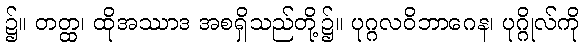
၌။ တတ္ထ၊ ထိုအဿာဒ အစရှိသည်တို့၌။ ပုဂ္ဂလဝိဘာဂေန၊ ပုဂ္ဂိုလ်ကို